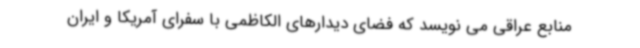
منابع عراقی می نویسد که فضای دیدارهای الکاظمی با سفرای آمریکا و ایران